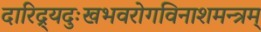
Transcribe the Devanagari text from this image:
दारिद्र्यदुःखभवरोगविनाशमन्त्रम्